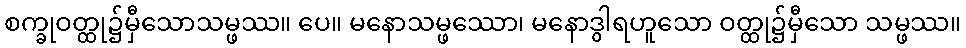
စက္ခုဝတ္ထု၌မှီသောသမ္ဖဿ။ ပေ။ မနောသမ္ဖဿော၊ မနောဒွါရဟူသော ဝတ္ထု၌မှီသော သမ္ဖဿ။